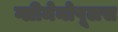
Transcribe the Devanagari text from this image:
ग्लीमेनोपूलस